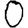
Digit: 0